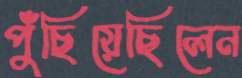
পুঁছিয়েছিলেন